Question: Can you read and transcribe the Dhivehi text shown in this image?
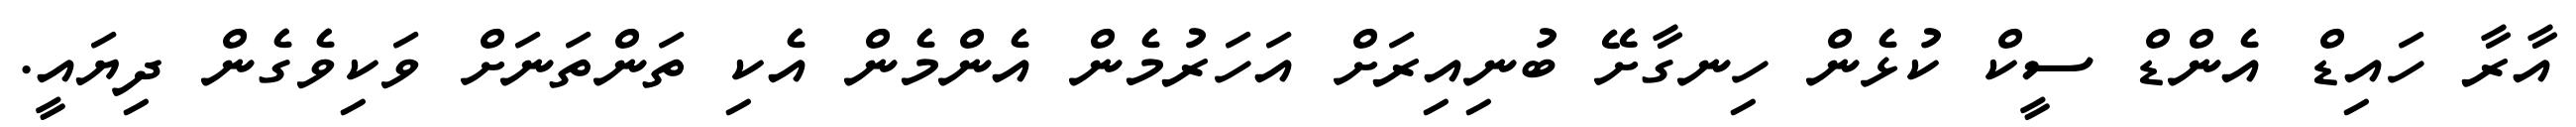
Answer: އާރާ ހައިޑް އެންޑް ސީކް ކުޅެން ހިނގާށޭ ބުނިއިރަށް އަހަރުމެން އެންމެން އެކި ތަންތަނަށް ވަކިވެގެން ދިޔައީ.